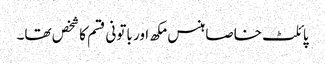
پائلٹ خاصا ہنس مکھ اور باتونی قسم کا شخص تھا۔